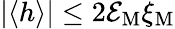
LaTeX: |\langle h\rangle|\leq 2{\cal E}_{\mathrm{M}}\xi_{\mathrm{M}}